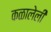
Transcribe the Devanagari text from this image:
कळालेली